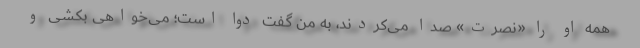
همه او را «نصرت» صدا می‌کردند، به من گفت دوا است؛ می‌خواهی بکشی و